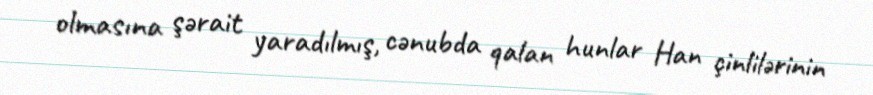
olmasına şərait yaradılmış, cənubda qalan hunlar Han çinlilərinin